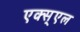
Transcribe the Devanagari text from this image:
एक्स्एल